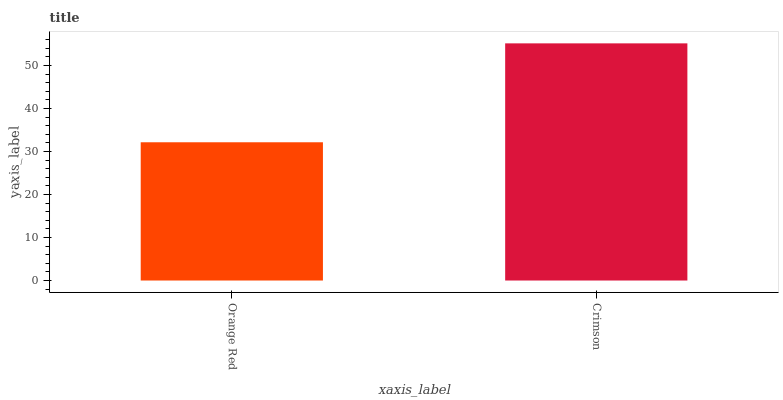
| xaxis_label | bars |
 | --- | --- |
 | Orange Red | 32.1 |
 | Crimson | 55.1 |